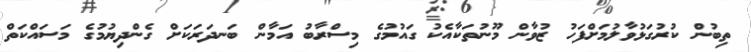
ތިބުން ކުރުގަޅުވާލުމަށްފަހު ޒުވާން މޫނުތަކާއެކު ގައުމުގެ މިސްރާބު އަމާން ބަނދަރަކަށް ގެންދިޔުމުގެ މަސައްކަތް